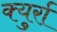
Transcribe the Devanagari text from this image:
क्युर्रा